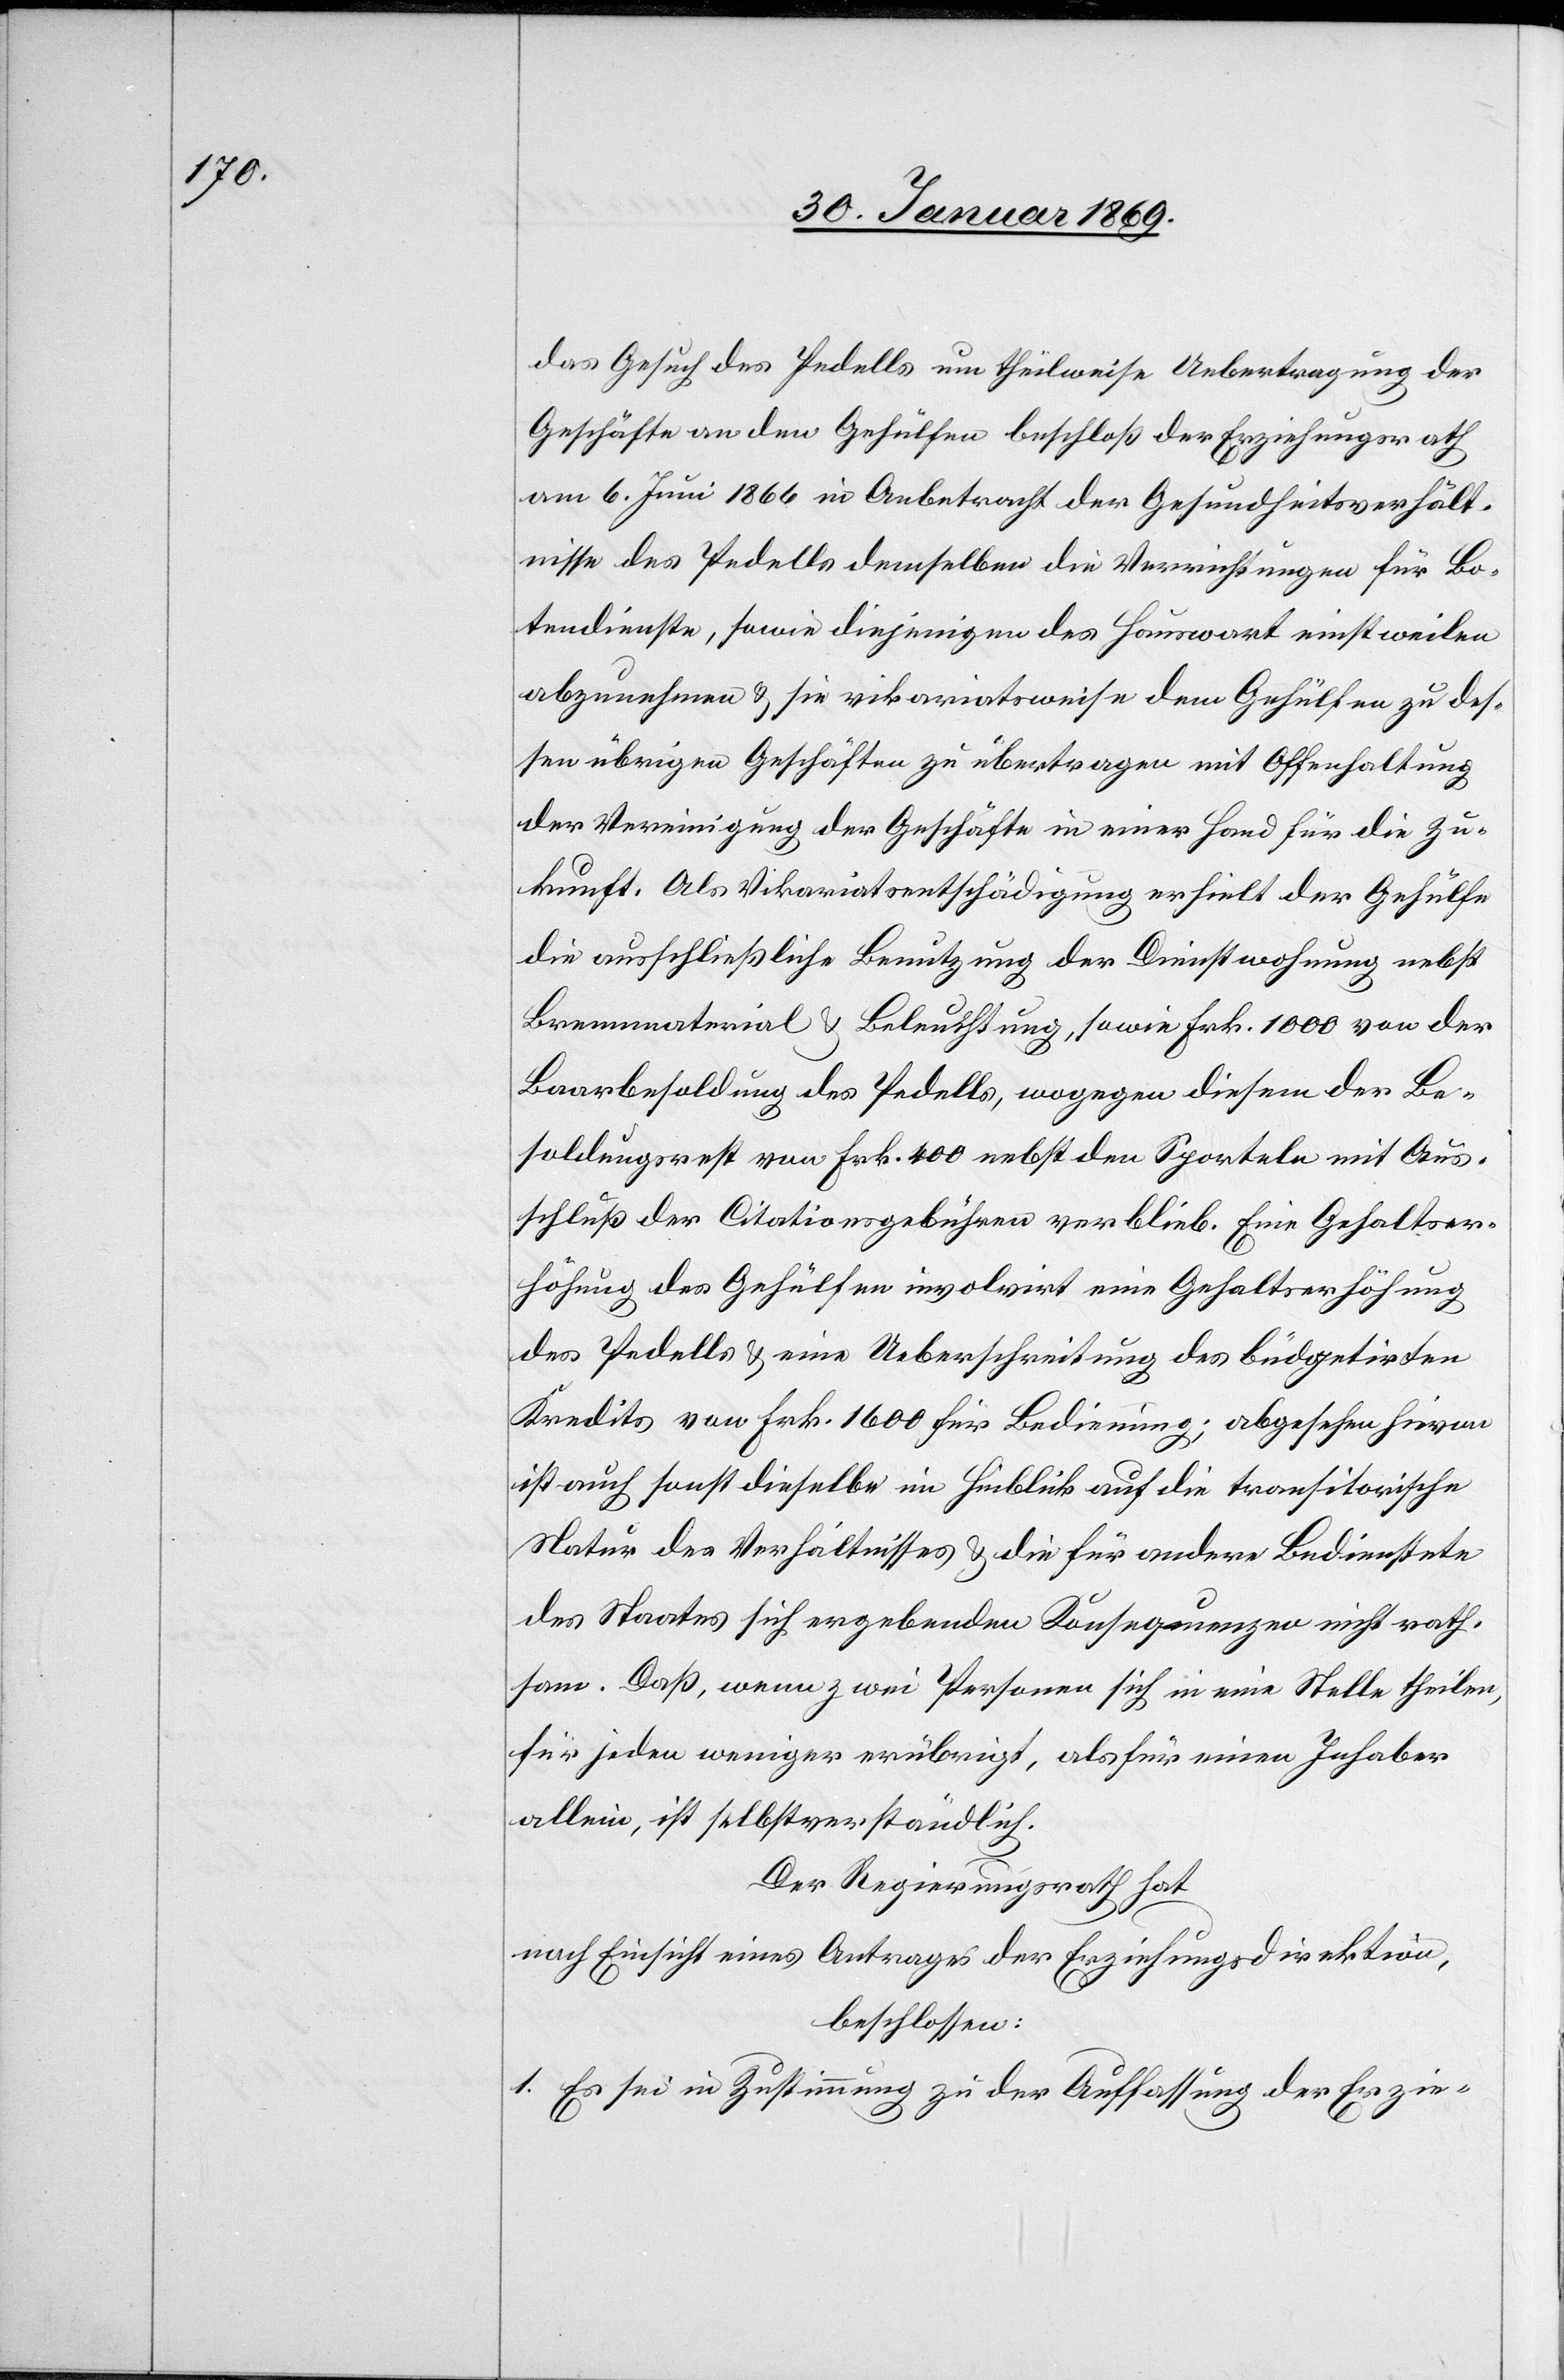
das Gesuch des Pedells um theilweise Uebertragung der
Geschäfte an den Gehülfen beschloß der Erziehungsrath
am 6. Juni 1866 in Anbetracht der Gesundsheitsverhält¬
nisse des Pedells demselben die Verrichtungen für Bo¬
tendienste, sowie diejenigen des Hauswart einstweilen
abzunehmen & sie vikariatsweise dem Gehülfen zu des¬
sen übrigen Geschäften zu übertragen mit Offenhaltung
der Vereinigung der Geschäfte in einer Hand für die Zu¬
kunft. Als Vikariatsentschädigung erhielt der Gehülfe
die ausschließliche Benutzung der Dienstwohnung nebst
Brennmaterial & Beleuchtung, sowie Frk. 1000 von der
Baarbesoldung des Pedells, wogegen diesem der Be¬
soldungsrest von Frk. 400 nebst den Sporteln mit Aus¬
schluß der Citationsgebühren verblieb. Eine Gehaltser¬
höhung des Gehülfen involvirt eine Gehaltserhöhung
des Pedells & eine Ueberschreitung des büdgetirten
Kredits von Frk. 1600 für Bedienung; abgesehen hievon
ist auch sonst dieselbe im Hinblick auf die transitorische
Natur des Verhältnisses & die für andere Bedienstete
des Staates sich ergebenden Konsequenzen nicht rath¬
sam. Daß, wenn zwei Personen sich in eine Stelle theilen,
für jeden weniger erübrigt, als für einen Inhaber
allein, ist selbstverständlich.
Der Regierungsrath hat,
nach Einsicht eines Antrages der Erziehungsdirektion,
beschlossen:
1. Es sei in Zustimmung zu der Anschaffung der Erzie-